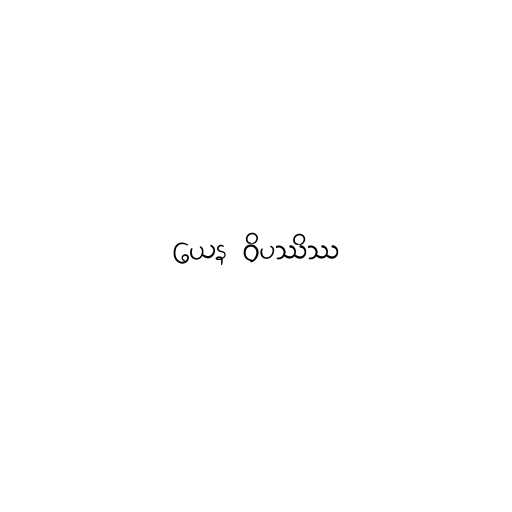
ယေန ဝိပဿိဿ